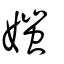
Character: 媸